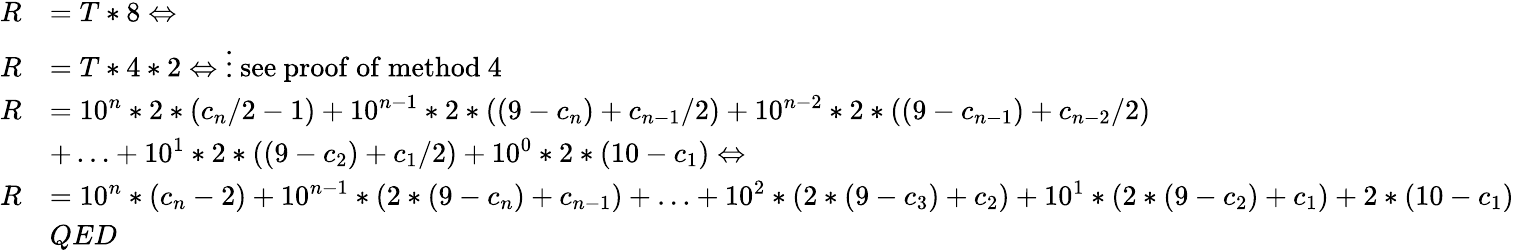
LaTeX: {\begin{array}{rl}{R}&{=T*8\Leftrightarrow}\\ {R}&{=T*4*2\Leftrightarrow\vdots{\mathrm{~see~proof~of~method~4}}}\\ {R}&{=10^{n}*2*(c_{n}/2-1)+10^{n-1}*2*((9-c_{n})+c_{n-1}/2)+10^{n-2}*2*((9-c_{n-1})+c_{n-2}/2)}\\ &{+\ldots+10^{1}*2*((9-c_{2})+c_{1}/2)+10^{0}*2*(10-c_{1})\Leftrightarrow}\\ {R}&{=10^{n}*(c_{n}-2)+10^{n-1}*(2*(9-c_{n})+c_{n-1})+\ldots+10^{2}*(2*(9-c_{3})+c_{2})+10^{1}*(2*(9-c_{2})+c_{1})+2*(10-c_{1})}\\ &{QED}\end{array}}